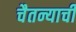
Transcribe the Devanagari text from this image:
चैतन्याची